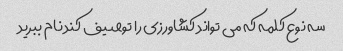
سه نوع کلمه که می تواند کشاورزی را توصیف کند نام ببرید